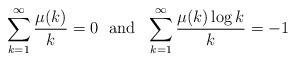
LaTeX: \begin{align*}\sum_{k=1}^\infty \frac{\mu(k)}{k}=0 \ \ \mathrm{and} \ \ \sum_{k=1}^\infty\frac{\mu(k)\log k}{k}=-1\end{align*}